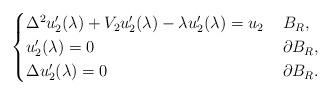
LaTeX: \begin{align*}\begin{cases}\Delta^2 u_2^\prime(\lambda) + V_2 u_2^\prime(\lambda) - \lambda u_2^\prime(\lambda) = u_2 &\, B_R,\\u_2^\prime(\lambda) = 0 &\, \partial B_R,\\\Delta u_2^\prime(\lambda) = 0 &\, \partial B_R.\end{cases}\end{align*}